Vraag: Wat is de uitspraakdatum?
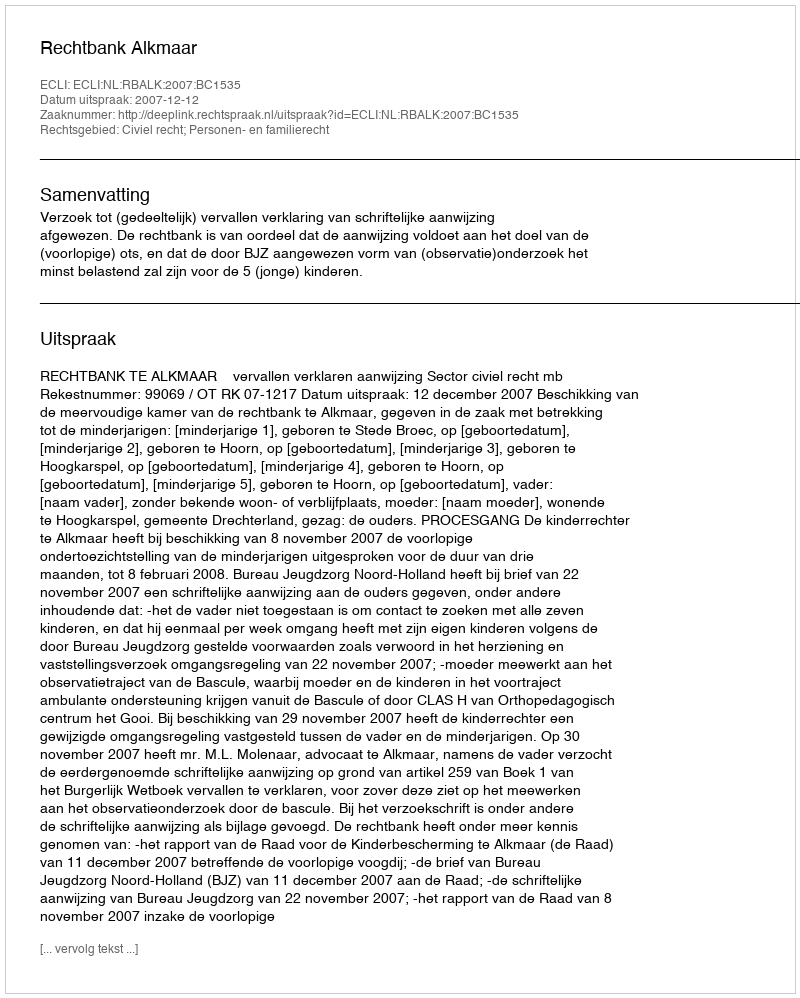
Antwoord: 2007-12-12